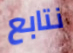
نتابع